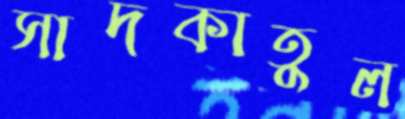
সাদকাতুল